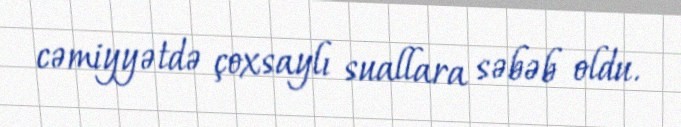
cəmiyyətdə çoxsaylı suallara səbəb oldu.